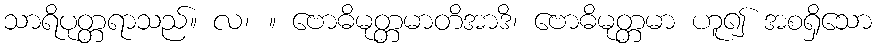
သာရိပုတ္တရာသည်။ လ၊ ။ ဗောဓိမုတ္တမာတိအာဒိ၊ ဗောဓိမုတ္တမာ ဟူ၍ အစရှိသော